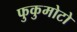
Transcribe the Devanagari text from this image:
फुकुमोटो